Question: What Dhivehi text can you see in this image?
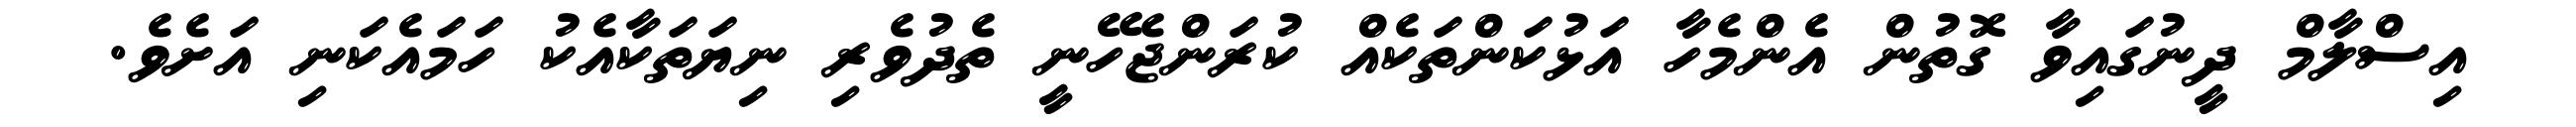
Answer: އިސްލާމް ދީނުގައިވާ ގޮތުން އެންމެހާ އަޅުކަންތަކެއް ކުރަންޖެހޭނީ ތެދުވެރި ނިޔަތަކާއެކު ހަމައެކަނި އަށެވެ.